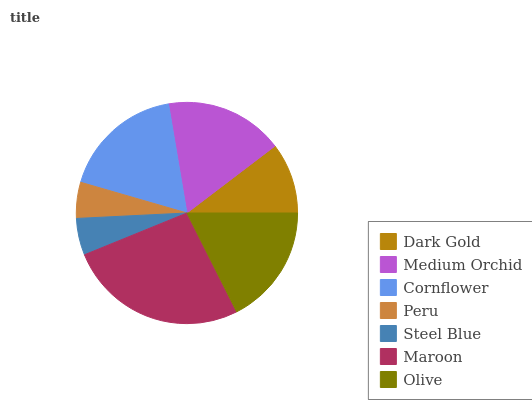
| Dark Gold | Medium Orchid | Cornflower | Peru | Steel Blue | Maroon | Olive |
 | --- | --- | --- | --- | --- | --- | --- |
 | 10.4% | 17.4% | 17.8% | 5.26% | 5.38% | 26.3% | 17.5% |